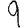
Digit: 9